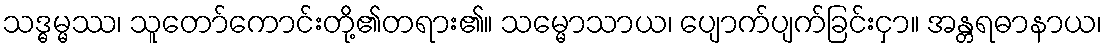
သဒ္ဓမ္မဿ၊ သူတော်ကောင်းတို့၏တရား၏။ သမ္မောသာယ၊ ပျောက်ပျက်ခြင်းငှာ။ အန္တရဓာနာယ၊